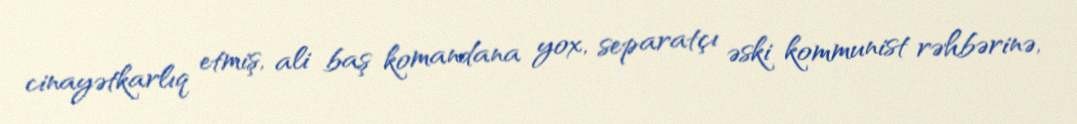
cinayətkarlıq etmiş, ali baş komandana yox, separatçı əski kommunist rəhbərinə,